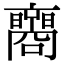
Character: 𡄚